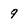
Character: 9